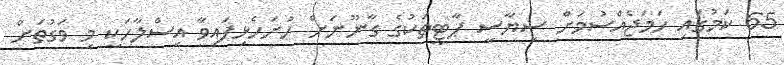
65 ކަމުގައި ހަމަޖެއްސުމަށް ސިޔާސީ ޕާޓީތަކުގެ ގާނޫނަށް ހުށަހެޅިފައިވާ އިސްލާހަކީ މި ވަގުތަށް